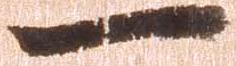
一